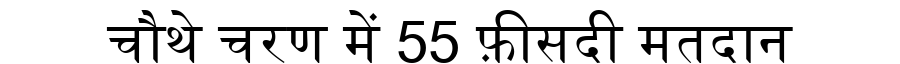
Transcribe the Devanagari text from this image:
चौथे चरण में 55 फ़ीसदी मतदान